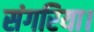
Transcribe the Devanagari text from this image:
संगरिया।